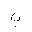
Letter: _ba